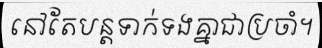
នៅតែបន្តទាក់ទងគ្នាជាប្រចាំ។